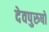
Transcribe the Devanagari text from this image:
देवपुरुषों